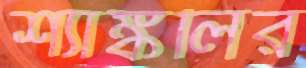
শ্যাঙ্কলির